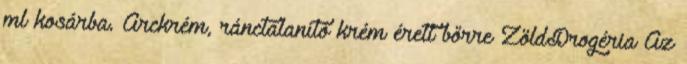
ml kosárba. Arckrém, ránctalanító krém érett bőrre ZöldDrogéria Az